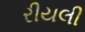
રીયલી